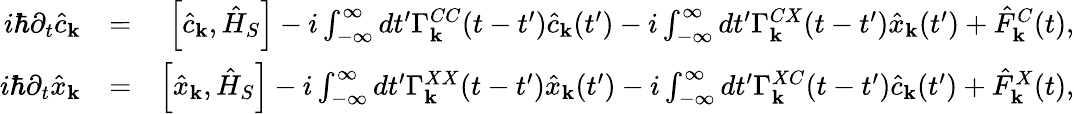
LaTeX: \begin{array}{rlr}{i\hbar\partial_{t}\hat{c}_{\mathbf k}}&{=}&{\left[\hat{c}_{\mathbf k},\hat{H}_{S}\right]-i\int_{-\infty}^{\infty}dt^{\prime}\Gamma_{\mathbf k}^{CC}(t-t^{\prime})\hat{c}_{\mathbf k}(t^{\prime})-i\int_{-\infty}^{\infty}dt^{\prime}\Gamma_{\mathbf k}^{CX}(t-t^{\prime})\hat{x}_{\mathbf k}(t^{\prime})+\hat{F}_{\mathbf k}^{C}(t),}\\ {i\hbar\partial_{t}\hat{x}_{\mathbf k}}&{=}&{\left[\hat{x}_{\mathbf k},\hat{H}_{S}\right]-i\int_{-\infty}^{\infty}dt^{\prime}\Gamma_{\mathbf k}^{XX}(t-t^{\prime})\hat{x}_{\mathbf k}(t^{\prime})-i\int_{-\infty}^{\infty}dt^{\prime}\Gamma_{\mathbf k}^{XC}(t-t^{\prime})\hat{c}_{\mathbf k}(t^{\prime})+\hat{F}_{\mathbf k}^{X}(t),}\end{array}